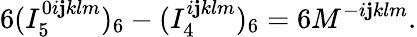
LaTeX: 6(I_{5}^{0i\mathbf{j}klm})_{6}-(I_{4}^{i\mathbf{j}klm})_{6}=6M^{-i\mathbf{j}klm}.